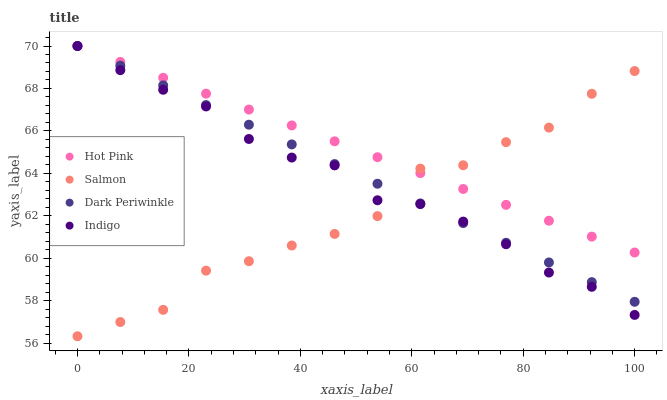
| xaxis_label | Hot Pink | Salmon | Dark Periwinkle | Indigo |
 | --- | --- | --- | --- | --- |
 | 0 | 70 | 56.3 | 70 | 70 |
 | 7.69 | 69.3 | 57 | 69.1 | 68.9 |
 | 15.4 | 68.5 | 57.6 | 68.1 | 67.9 |
 | 23.1 | 67.8 | 59.4 | 67.2 | 67.2 |
 | 30.8 | 67 | 59.9 | 66.3 | 65.6 |
 | 38.5 | 66.3 | 60.6 | 65.4 | 64.7 |
 | 46.2 | 65.5 | 61.1 | 64.4 | 64.4 |
 | 53.8 | 64.8 | 62 | 63.5 | 62.7 |
 | 61.5 | 64 | 64.2 | 62.6 | 62.5 |
 | 69.2 | 63.3 | 64.4 | 61.7 | 61.7 |
 | 76.9 | 62.5 | 65.5 | 60.7 | 60.7 |
 | 84.6 | 61.8 | 66.2 | 59.8 | 59.3 |
 | 92.3 | 61 | 67.7 | 58.9 | 58.7 |
 | 100 | 60.3 | 68.8 | 57.9 | 57.3 |